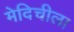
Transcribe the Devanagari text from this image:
मेदिचीला